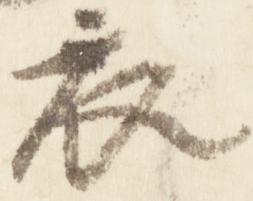
衣